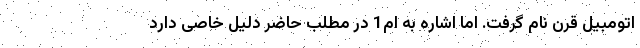
اتومبیل قرن نام گرفت. اما اشاره به ام1 در مطلب حاضر دلیل خاصی دارد